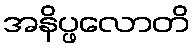
အနိပ္ဖလောတိ